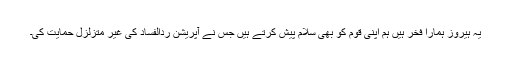
یہ ہیروز ہمارا فخر ہیں ہم اپنی قوم کو بھی سلام پیش کرتے ہیں جس نے آپریشن ردالفساد کی غیر متزلزل حمایت کی۔